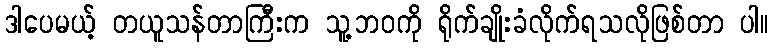
ဒါပေမယ့် တယူသန်တာကြီးက သူ့ဘဝကို ရိုက်ချိုးခံလိုက်ရသလိုဖြစ်တာ ပါ။